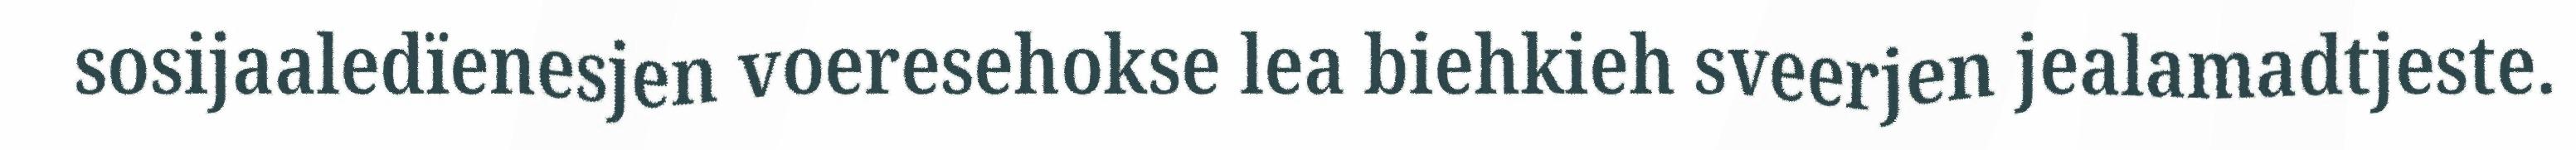
sosijaaledïenesjen voeresehokse lea biehkieh sveerjen jealamadtjeste.